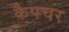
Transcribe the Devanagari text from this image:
कैपचर